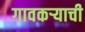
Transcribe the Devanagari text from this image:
गावकर्‍याची